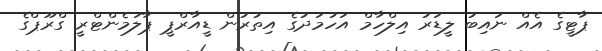
ޕާޓީގެ އެއް ނައިބު ލީޑަރު އިލްހާމް އަހުމަދުގެ އިތުރުން ޑީއާރްޕީ ޕާލަމެންޓްރީ ގްރޫޕްގެ